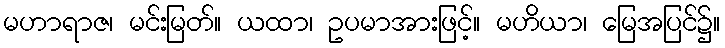
မဟာရာဇ၊ မင်းမြတ်။ ယထာ၊ ဥပမာအားဖြင့်။ မဟိယာ၊ မြေအပြင်၌။